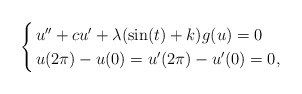
\begin{align*}\begin{cases}\, u'' + c u' + \lambda(\sin(t) + k) g(u) = 0\\\, u(2\pi) - u(0) = u'(2\pi) - u'(0) = 0,\end{cases}\end{align*}